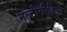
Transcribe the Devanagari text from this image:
मल्टीमीडिआ